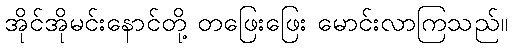
အိုင်အိုမင်းနောင်တို့ တဖြေးဖြေး မောင်းလာကြသည်။